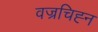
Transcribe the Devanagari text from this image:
वज्रचिह्न